Report on the lunatic asylums under the Government of Bombay - 1904-1913
Year: 1904
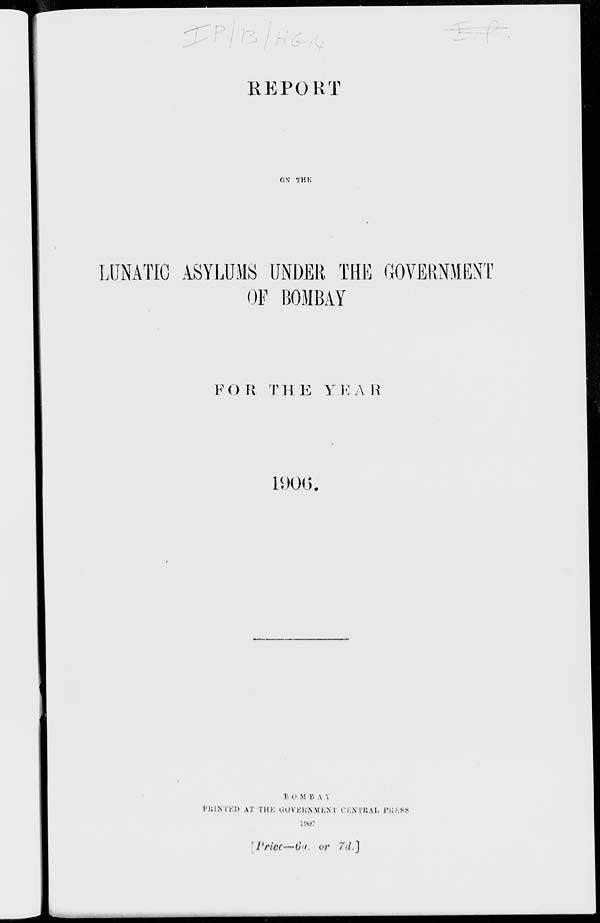
REPORT
ON THE
LUNATIC ASYLUMS UNDER THE GOVERNMENT
OF BOMBAY
FOR THE
YEAR
1906.
BOMBAY
PRINTED AT THE GOVERNMENT CENTERAL PRESS
1907
[Price—6a. or 7d.]